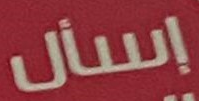
إسأل